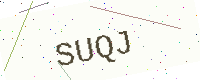
Text: SUQJ